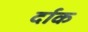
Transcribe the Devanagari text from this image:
र्दाक